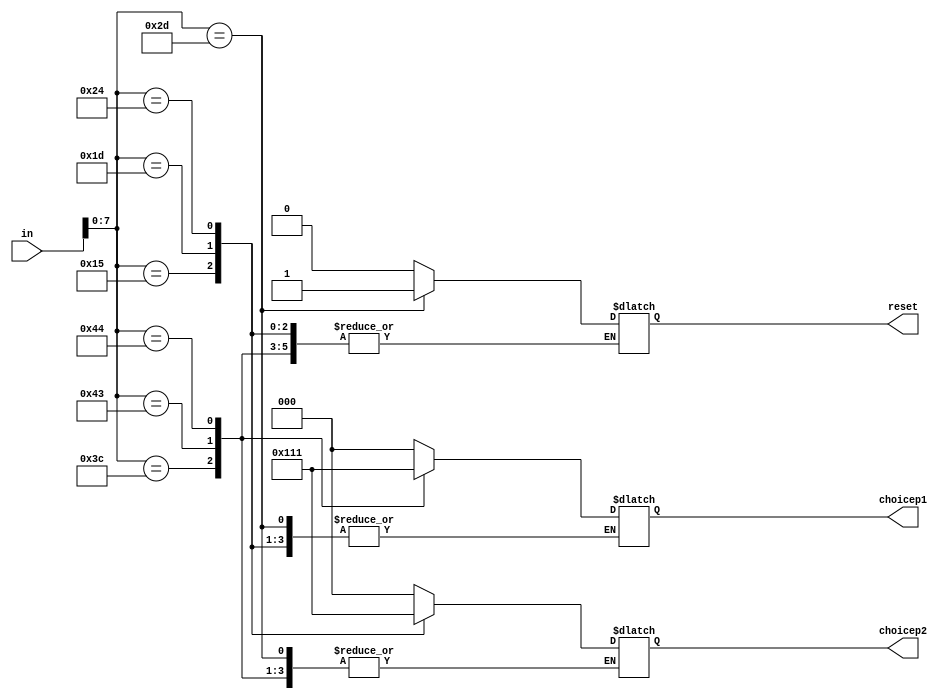
`timescale 1ns / 1ps
//////////////////////////////////////////////////////////////////////////////////
// Company: 
// Engineer: 
// 
// Design Name: 
// Module Name: keyboard_decoder
// Project Name: 
// Target Devices: 
// Tool Versions: 
// Description: 
// 
// Dependencies: 
// 
// Revision:
// Revision 0.01 - File Created
// Additional Comments:
// 
//////////////////////////////////////////////////////////////////////////////////


module keyboard_decoder(
input [31:0] in,
output reg [2:0] choicep1,
output reg [2:0] choicep2,
output reg reset
    );
    
wire [7:0] ckey; //extraction from the input as current key
assign ckey=in[7:0];
// shoot 001
// reload 010
// duck 001
//P1 U I O
//P2 Q W E
//RESET R
always@(*)
begin
case(ckey)
//P1
//U 3C (shoot) 100
8'b00111100: choicep1=3'b100; //16'b1111000000111100: choicep1=3'b100;
//I 43 (reload) 010
8'b01000011: choicep1=3'b010; //16'b1111000001000011: choicep1=3'b010;
//O 44 (duck) 001
8'b01000100: choicep1=3'b001; //16'b1111000001000100: choicep1=3'b001;
// P2
//Q 15 SHOOT
8'b00010101 : choicep2=3'b100; //16'b1111000000010101 : choicep2=3'b100;
//W 1D RELOAD
8'b00011101 : choicep2=3'b010; //16'b1111000000011101 : choicep2=3'b010;
//E 24 DUCK   
8'b00100100 : choicep2=3'b001; //16'b1111000000100100 : choicep2=3'b001;
//RESET 
//R 2D     
8'b00101101 : reset=1'b1;   //16'b1111000000101101 : reset=1'b1; 
default: begin
    choicep1=3'b0;
    choicep2=3'b0;
    reset=0;
    end 
endcase
end
endmodule